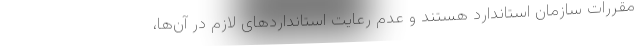
مقررات سازمان استاندارد هستند و عدم رعایت استانداردهای لازم در آن‌ها،